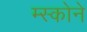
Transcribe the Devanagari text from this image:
म्स्कोने